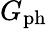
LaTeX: G_{\mathrm{ph}}